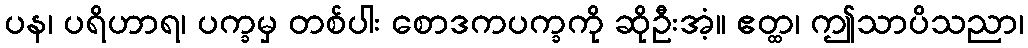
ပန၊ ပရိဟာရ၊ ပက္ခမှ တစ်ပါး စောဒကပက္ခကို ဆိုဦးအံ့။ ဧတ္ထ၊ ဤသာပိသညာ၊